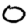
Digit: 0